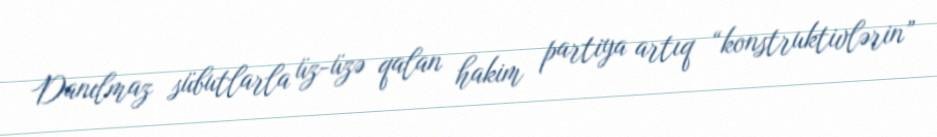
Danılmaz sübutlarla üz-üzə qalan hakim partiya artıq “konstruktivlərin”